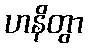
ဟနိတွာ